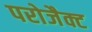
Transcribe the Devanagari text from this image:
परोजैक्ट